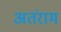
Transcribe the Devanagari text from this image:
अतंराम